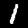
Digit: 1